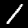
Digit: 1